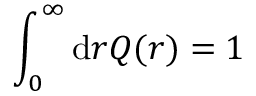
\int _ { 0 } ^ { \infty } \mathrm { d } r Q ( r ) = 1